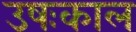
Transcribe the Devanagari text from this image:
उषःकाल